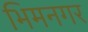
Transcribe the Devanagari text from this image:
भिमनगर